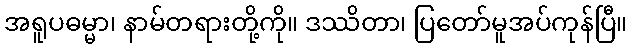
အရူပဓမ္မာ၊ နာမ်တရားတို့ကို။ ဒဿိတာ၊ ပြတော်မူအပ်ကုန်ပြီ။